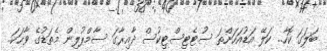
ބަލަގަ ކޮހާ.. ކަލޭ އަޑުއަހަންތަ ސުޓެޓިސްޓިކުސް ދާއިރާގަ ސާމްޕުލިން މެތަޑުގެ ވާހަކަ..